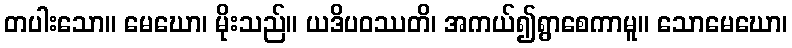
တပါးသော။ မေဃော၊ မိုးသည်။ ယဒိပဝဿတိ၊ အကယ်၍ရွာစေကာမူ။ သောမေဃော၊